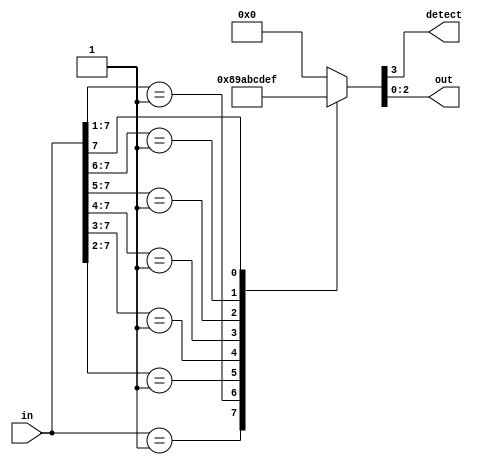
module priority_encoder8
(
    input       [ 7 : 0 ] in,
    output reg            detect,
    output reg  [ 2 : 0 ] out
);
    always @ (*)
        casez(in)
            default     : {detect, out} = 4'b0000;
            8'b00000001 : {detect, out} = 4'b1000;
            8'b0000001? : {detect, out} = 4'b1001;
            8'b000001?? : {detect, out} = 4'b1010;
            8'b00001??? : {detect, out} = 4'b1011;
            8'b0001???? : {detect, out} = 4'b1100;
            8'b001????? : {detect, out} = 4'b1101;
            8'b01?????? : {detect, out} = 4'b1110;
            8'b1??????? : {detect, out} = 4'b1111;
        endcase
endmodule